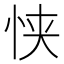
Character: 𫺂